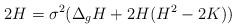
LaTeX: \begin{align*}2H=\sigma^2(\Delta_g H+2H(H^2-2K))\end{align*}